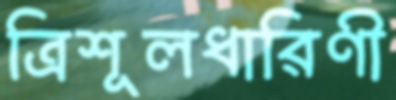
ত্রিশূলধারিণী